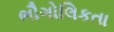
ભૌગોલિકતા